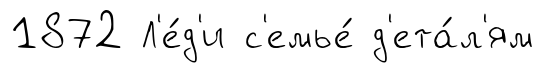
1872 Л'е́д'и с'емье́ д'ета́л'ям